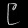
Digit: ၉